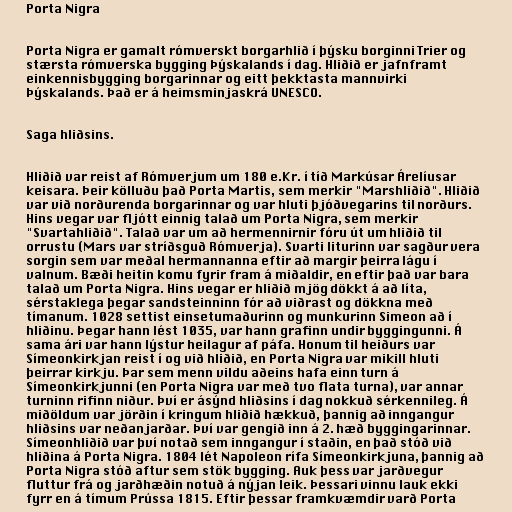
Porta Nigra

Porta Nigra er gamalt rómverskt borgarhlið í þýsku borginni Trier og
stærsta rómverska bygging Þýskalands í dag. Hliðið er jafnframt
einkennisbygging borgarinnar og eitt þekktasta mannvirki
Þýskalands. Það er á heimsminjaskrá UNESCO.

Saga hliðsins.

Hliðið var reist af Rómverjum um 180 e.Kr. í tíð Markúsar Árelíusar
keisara. Þeir kölluðu það Porta Martis, sem merkir "Marshliðið". Hliðið
var við norðurenda borgarinnar og var hluti þjóðvegarins til norðurs.
Hins vegar var fljótt einnig talað um Porta Nigra, sem merkir
"Svartahliðið". Talað var um að hermennirnir fóru út um hliðið til
orrustu (Mars var stríðsguð Rómverja). Svarti liturinn var sagður vera
sorgin sem var meðal hermannanna eftir að margir þeirra lágu í
valnum. Bæði heitin komu fyrir fram á miðaldir, en eftir það var bara
talað um Porta Nigra. Hins vegar er hliðið mjög dökkt á að líta,
sérstaklega þegar sandsteinninn fór að viðrast og dökkna með
tímanum. 1028 settist einsetumaðurinn og munkurinn Simeon að í
hliðinu. Þegar hann lést 1035, var hann grafinn undir byggingunni. Á
sama ári var hann lýstur heilagur af páfa. Honum til heiðurs var
Símeonkirkjan reist í og við hliðið, en Porta Nigra var mikill hluti
þeirrar kirkju. Þar sem menn vildu aðeins hafa einn turn á
Símeonkirkjunni (en Porta Nigra var með tvo flata turna), var annar
turninn rifinn niður. Því er ásýnd hliðsins í dag nokkuð sérkennileg. Á
miðöldum var jörðin í kringum hliðið hækkuð, þannig að inngangur
hliðsins var neðanjarðar. Því var gengið inn á 2. hæð byggingarinnar.
Símeonhliðið var því notað sem inngangur í staðin, en það stóð við
hliðina á Porta Nigra. 1804 lét Napoleon rífa Símeonkirkjuna, þannig að
Porta Nigra stóð aftur sem stök bygging. Auk þess var jarðvegur
fluttur frá og jarðhæðin notuð á nýjan leik. Þessari vinnu lauk ekki
fyrr en á tímum Prússa 1815. Eftir þessar framkvæmdir varð Porta